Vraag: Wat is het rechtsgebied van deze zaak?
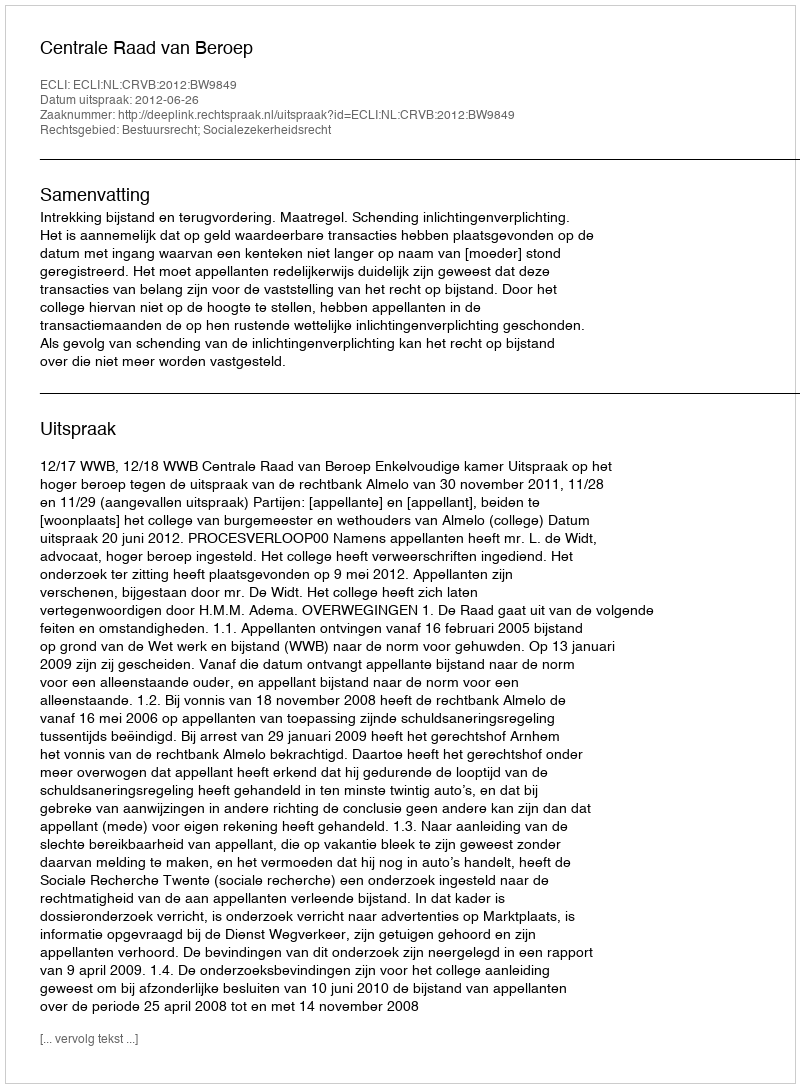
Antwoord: Bestuursrecht; Socialezekerheidsrecht